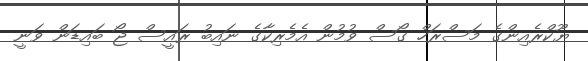
ޔޫކްރެއިންގެ މަސްރަހް ގޯސް ވުމުން އެމެރިކާގެ ނައިބު ރައީސް ޖޯ ބައިޑަން ވަނީ